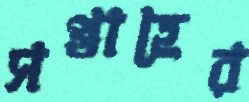
সপ্তাহের